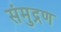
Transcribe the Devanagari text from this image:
संमुद्रण